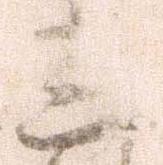
三